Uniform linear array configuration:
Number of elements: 12
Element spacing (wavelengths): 0.5
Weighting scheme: hamming
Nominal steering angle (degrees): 30
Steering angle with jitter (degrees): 31.178
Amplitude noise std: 0.05
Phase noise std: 0.05

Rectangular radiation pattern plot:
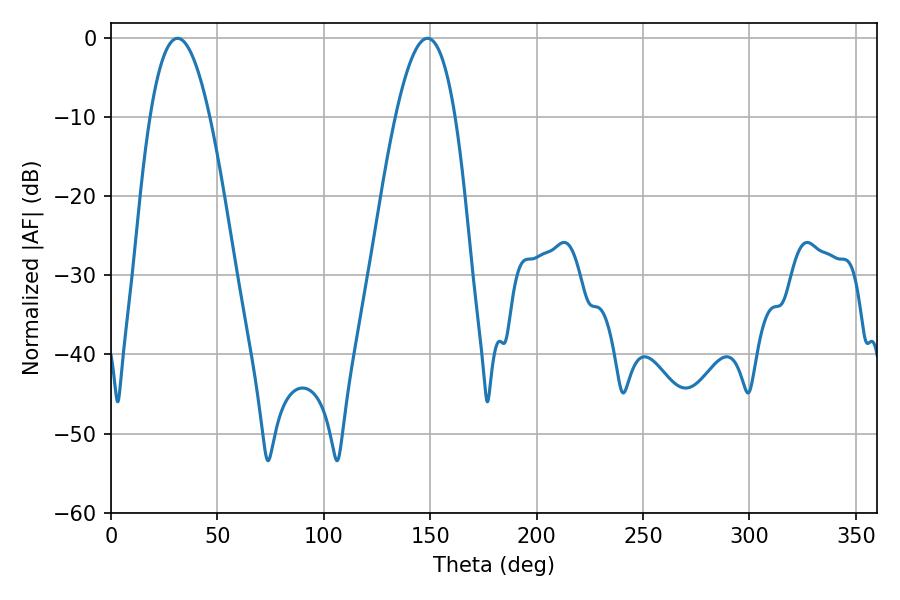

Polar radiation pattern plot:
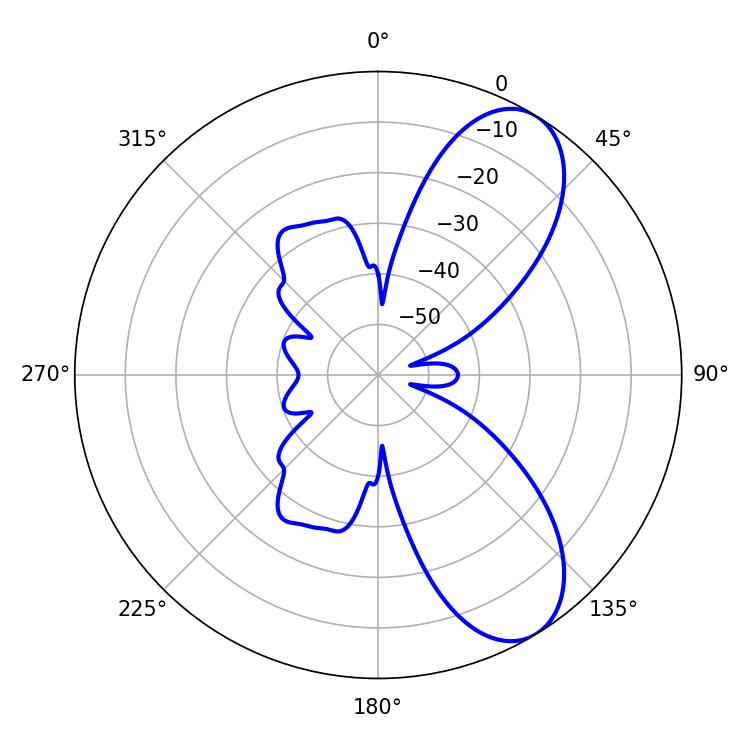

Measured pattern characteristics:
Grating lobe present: FALSE
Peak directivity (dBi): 8.206
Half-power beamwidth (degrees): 15.3
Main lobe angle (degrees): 31.32